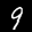
Label: 9